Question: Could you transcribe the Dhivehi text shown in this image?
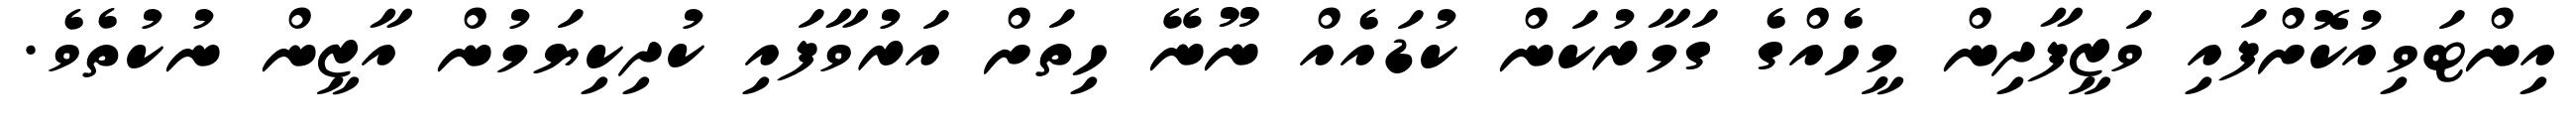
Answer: އިންޓަވިއުކޮށްފައި ވަޒީފާދިން މީހެއްގެ ގަމާރުކަން ކުޑައެއް ނޫނޭ ހިތަށް އަރުވާފައި ކުދިކިޔަމުން އާޒީން ނުކުތެވެ.